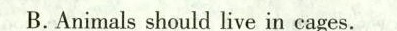
B.Animals should live in cages.